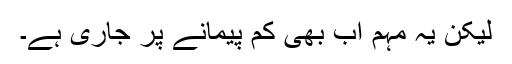
لیکن یہ مہم اب بھی کم پیمانے پر جاری ہے۔